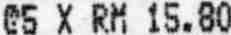
@5 X RM 15.80